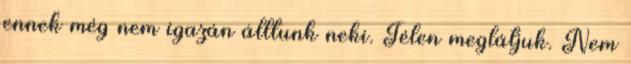
ennek még nem igazán álltunk neki. Télen meglátjuk. Nem